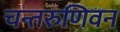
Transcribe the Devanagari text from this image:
चन्तरुणिवन